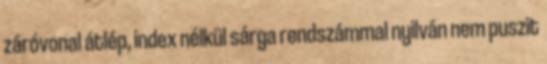
záróvonal átlép, index nélkül sárga rendszámmal nyilván nem puszit